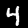
Digit: 4